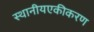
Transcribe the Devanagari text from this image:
स्थानीयएकीकरण